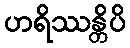
ဟရိဿန္တိပိ